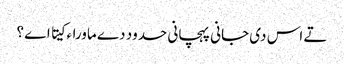
تے اس د‏ی جانی پہچانی حدود دے ماوراء کیتا اے ؟